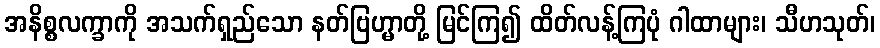
အနိစ္စလက္ခာကို အသက်ရှည်သော နတ်ဗြဟ္မာတို့ မြင်ကြ၍ ထိတ်လန့်ကြပုံ ဂါထာများ၊ သီဟသုတ်၊